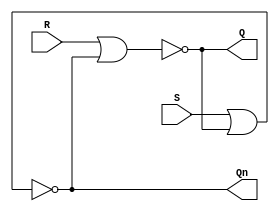
module SR_ff(output Q, Qn, input S, R);
	nor n1(Q,  R, Qn),
	    n2(Qn, S, Q);
endmodule